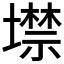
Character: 𡑲